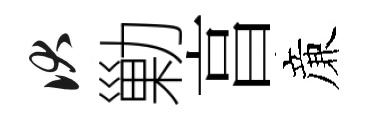
伏勦亯亷